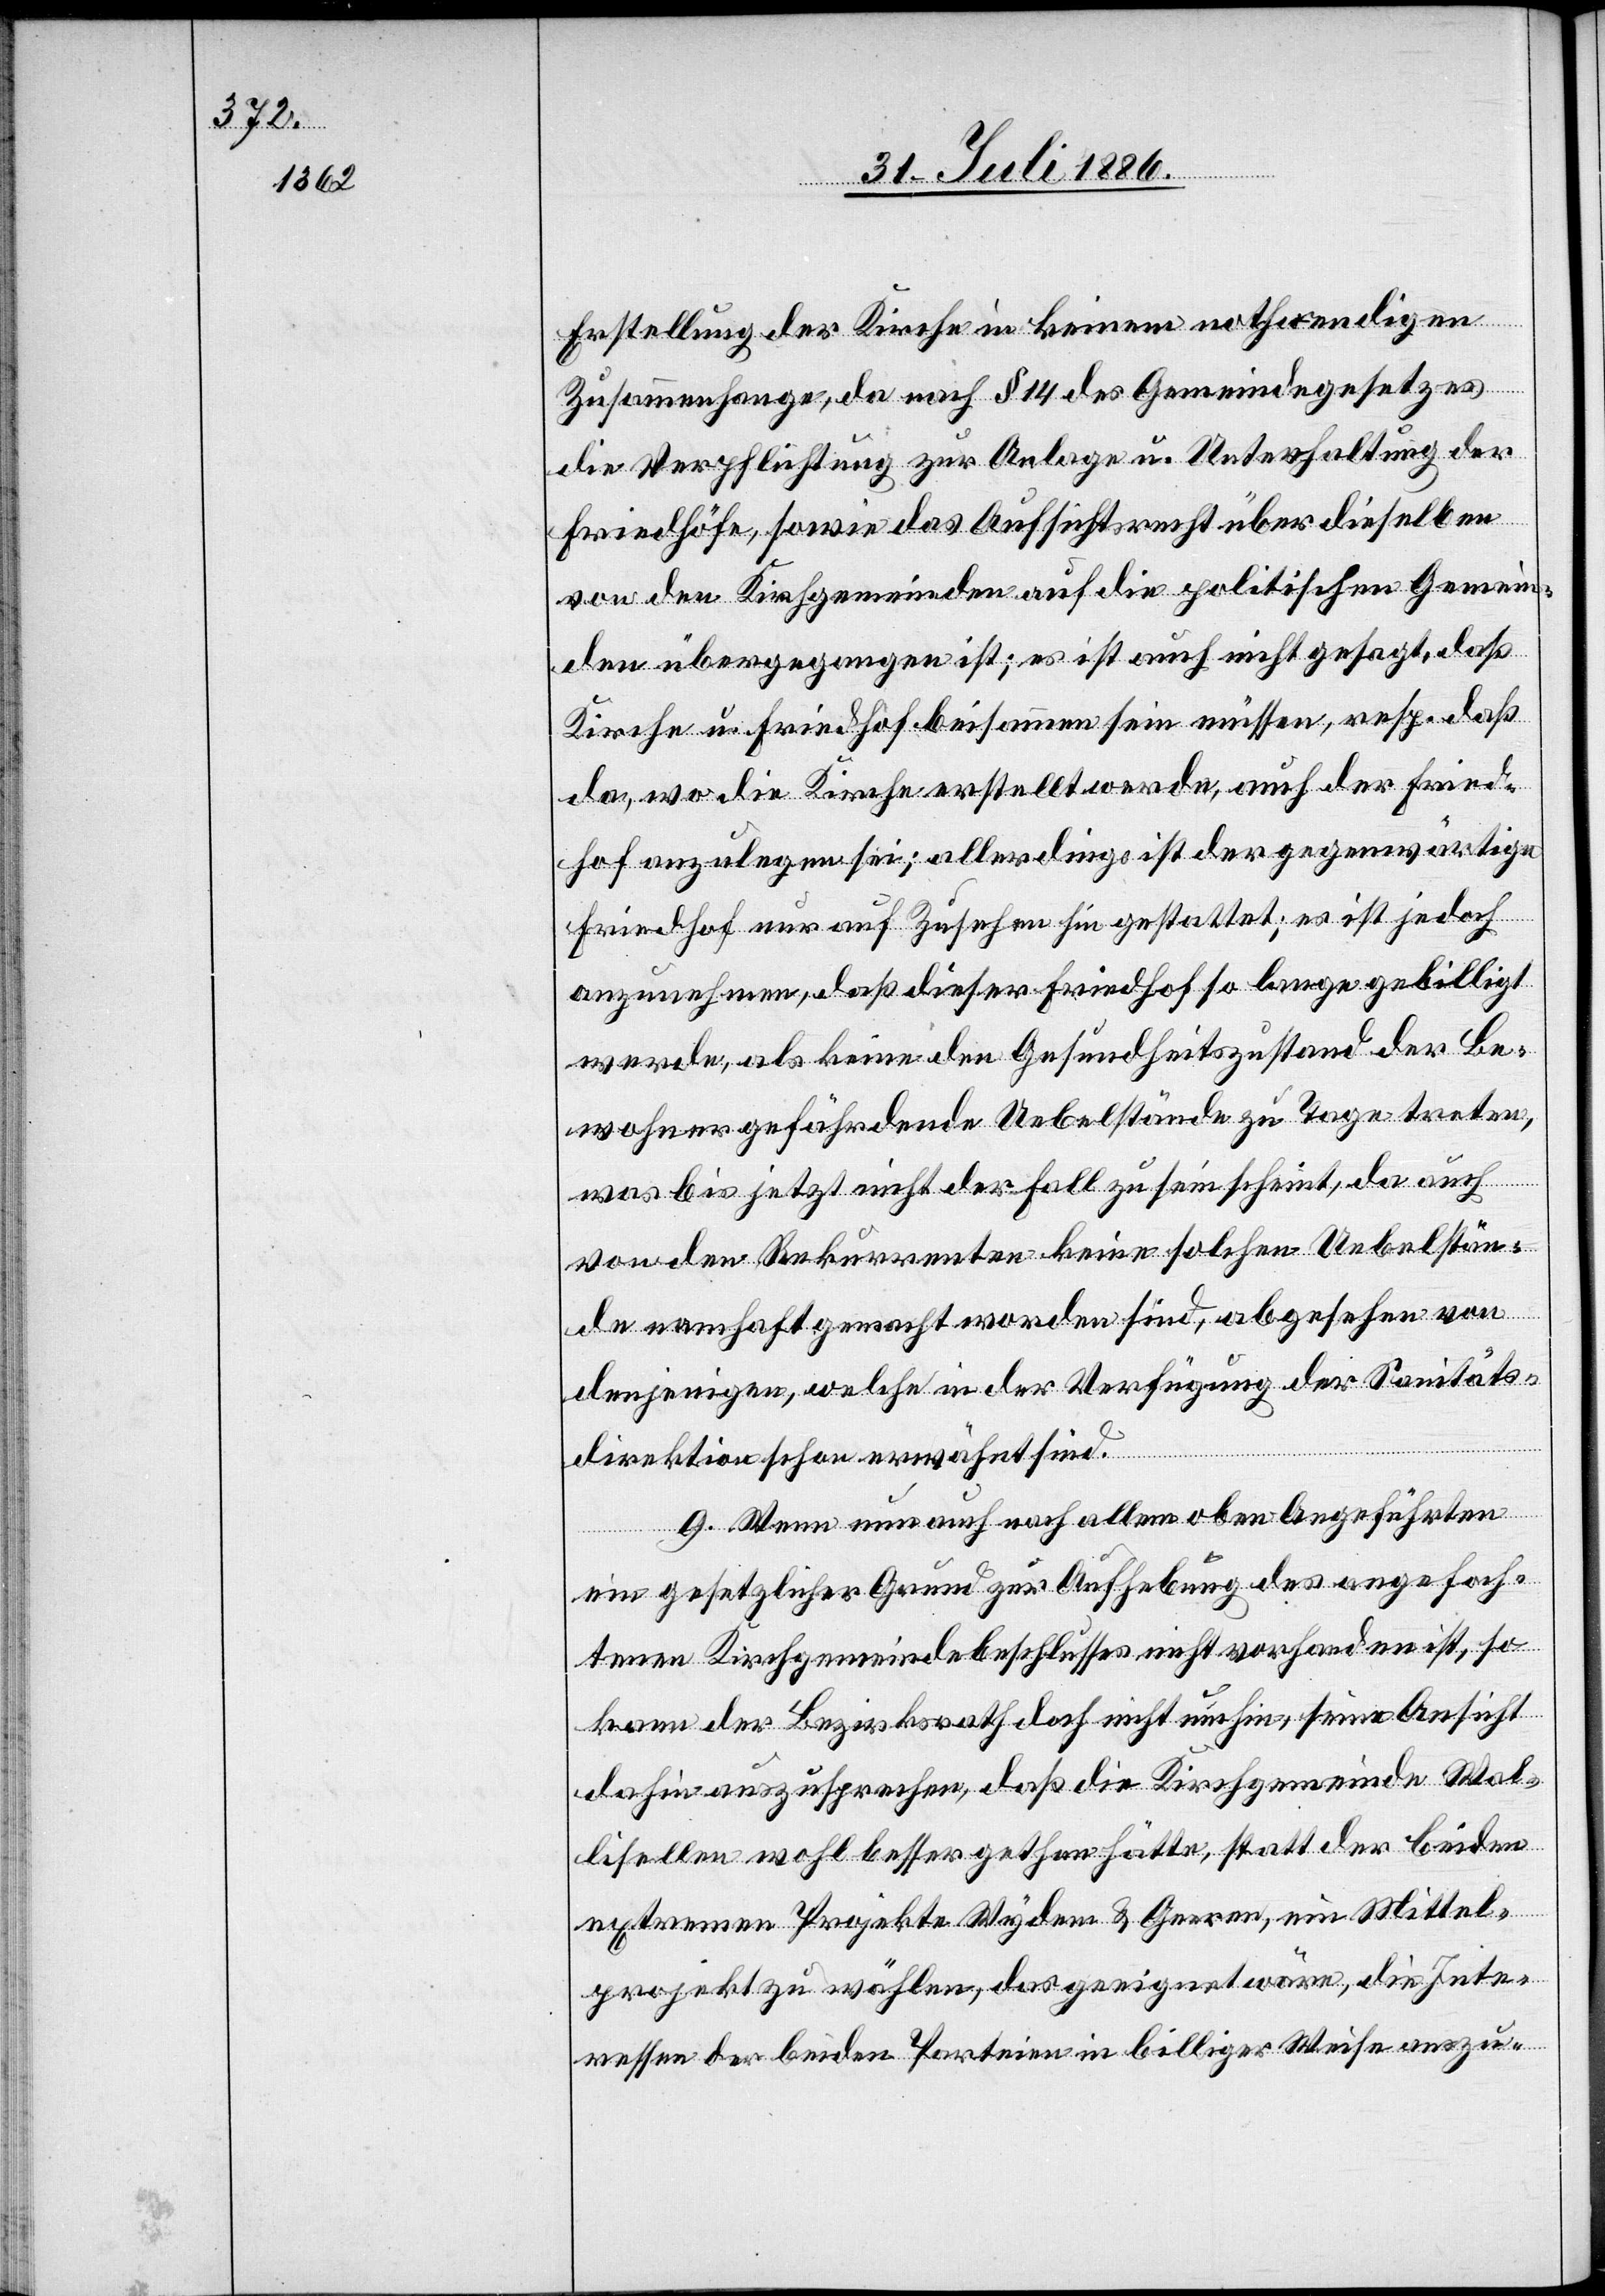
Erstellung der Kirche in keinem nothwendigen
Zusammenhange, da nach § 14 des Gemeindegesetzes
die Verpflichtung zur Anlage u. Unterhaltung der
Friedhöfe, sowie das Aufsichtsrecht über dieselben
von den Kirchgemeinden auf die politischen Gemein¬
den übergegangen ist; es ist auch nicht gesagt, daß
Kirche u. Friedhof beisammen sein müssen, resp. daß
da, wo die Kirche erstellt werde, auch der Fried¬
hof anzulegen sei; allerdings ist der gegenwärtige
Friedhof nur auf Zusehen hin gestattet; es ist jedoch
anzunehmen, daß dieser Friedhof so lange gebilligt
werde, als keine den Gesundheitszustand der Be¬
wohner gefährdende Uebelstände zu Tage treten,
was bis jetzt nicht der Fall zu sein scheint, da auch
von den Rekurrenten keine solchen Uebelstän¬
de nahmhaft gemacht worden sind, abgesehen von
denjenigen, welche in der Verfügung der Sanitäts¬
direktion schon erwähnt sind.
9. Wenn nun auch nach allem oben Angeführten
ein gesetzlicher Grund zur Aufhebung des angefoch¬
tenen Kirchgemeindebeschlusses nicht vorhanden ist, so
kann der Bezirksrath doch nicht umhin, seine Ansicht
dahin auszusprechen, daß die Kirchgemeinde Wal¬
lisellen wohl besser gethan hätte, statt der beiden
externen Projekte Wydem & Geeren, ein Mittel¬
projekt zu wählen, das geeignet wäre, die Inte¬
ressen der beiden Parteien in billiger Weise auszu-